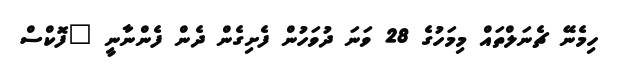
ހިމެނޭ ޗެނަލްތައް މިމަހުގެ 28 ވަނަ ދުވަހުން ފެށިގެން ދެން ފެންނާނީ "ފޮކްސް